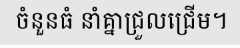
ចំនួនធំ នាំគ្នាជ្រួលជ្រើម។